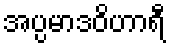
အပ္ပမာဒဝိဟာရီ